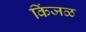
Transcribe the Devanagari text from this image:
किंजळ